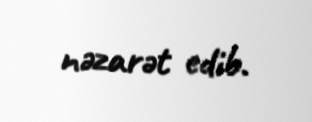
nəzarət edib.